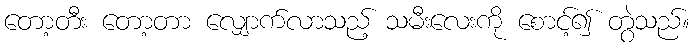
တော့တီး တော့တာ လျှောက်လာသည့် သမီးလေးကို စောင့်၍ တွဲသည်။